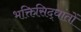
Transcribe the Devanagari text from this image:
भक्तिसिद्धांतों